Document type: Grant
Year: 1403
Scribe: Berenguer Pedrosell
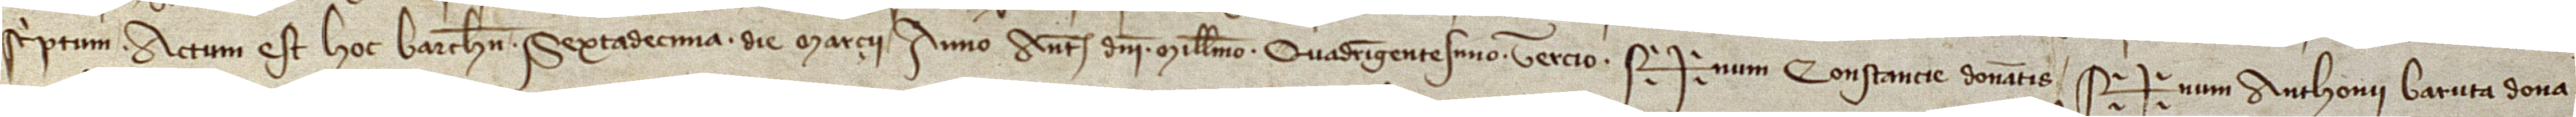
scriptum. Actum est hoc Barchinone sextadecima die marcii, anno a Nativitate Domini millesimo quadringentesimo tercio. Sig+num Constancie, donantis, Sig+num Anthonii Baruta, dona-